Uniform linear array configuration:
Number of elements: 16
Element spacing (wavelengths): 0.75
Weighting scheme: cosine
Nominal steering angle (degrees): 0
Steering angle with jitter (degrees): -1.627
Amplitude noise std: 0.05
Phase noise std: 0.05

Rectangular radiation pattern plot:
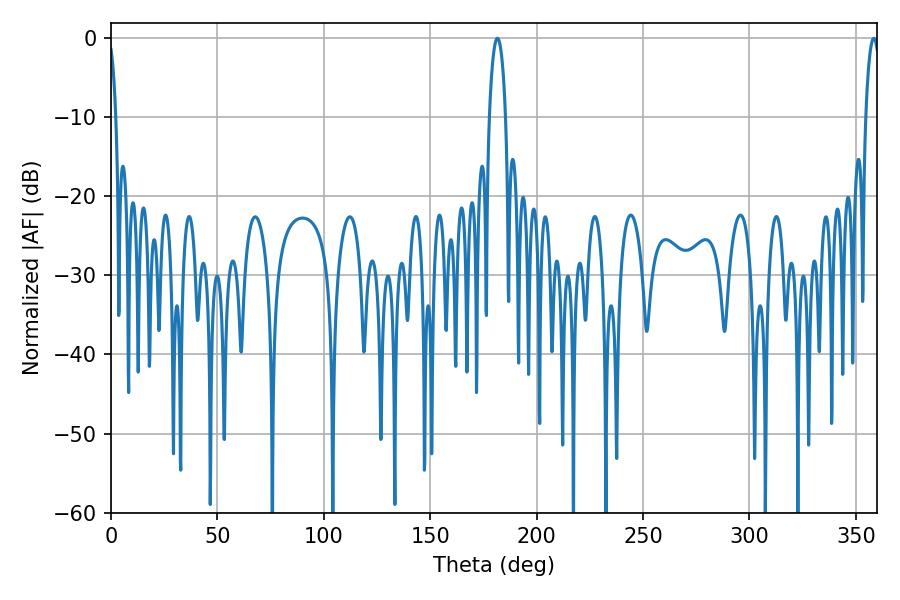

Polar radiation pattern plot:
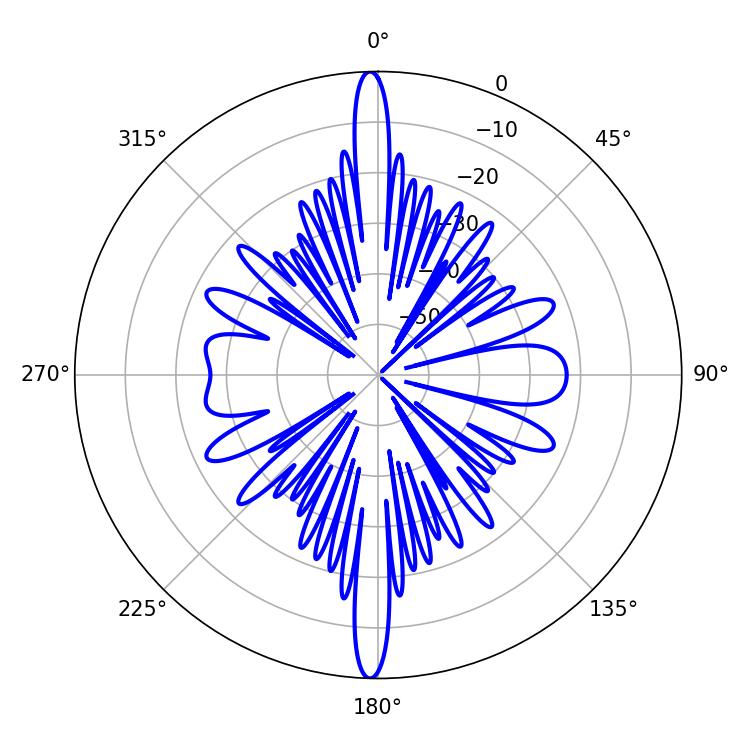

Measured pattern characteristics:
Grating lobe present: TRUE
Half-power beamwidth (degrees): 4.32
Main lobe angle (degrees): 181.62